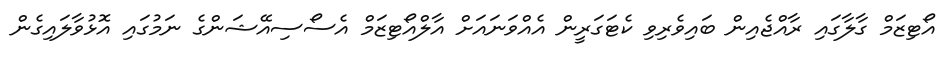
އޯޓިޒަމް ގާލާގައި ރާއްޖެއިން ބައިވެރިވި ކެޓަގަރީން އެއްވަނައަށް އާލްއޯޓިޒަމް އެސޯސިއޭޝަންގެ ނަމުގައި އޮޅުވާލައިގެން